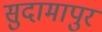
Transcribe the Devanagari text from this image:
सुदामापुर